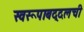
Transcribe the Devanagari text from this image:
स्वरूपाबद्दलची